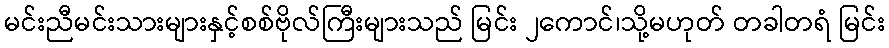
မင်းညီမင်းသားများနှင့်စစ်ဗိုလ်ကြီးများသည် မြင်း ၂ကောင်၊သို့မဟုတ် တခါတရံ မြင်း